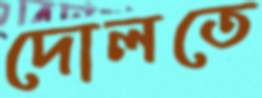
দোলতে